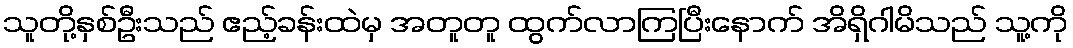
သူတို့နှစ်ဦးသည် ဧည့်ခန်းထဲမှ အတူတူ ထွက်လာကြပြီးနောက် အိရှိဂါမိသည် သူ့ကို